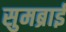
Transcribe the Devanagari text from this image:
सुमब्राई